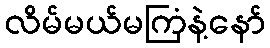
လိမ်မယ်မကြံနဲ့နော်